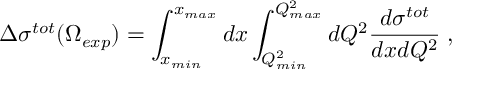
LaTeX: \Delta \sigma ^ { t o t } ( \Omega _ { e x p } ) = \int _ { x _ { m i n } } ^ { x _ { m a x } } d x \int _ { Q _ { m i n } ^ { 2 } } ^ { Q _ { m a x } ^ { 2 } } d Q ^ { 2 } \frac { d \sigma ^ { t o t } } { d x d Q ^ { 2 } } \; ,